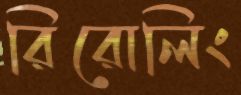
রিরোলিং